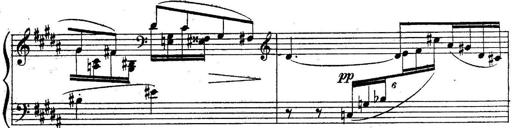
Title: Sonatine
Composer: Adrian Shaposhnikov
Key: E minor